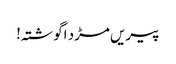
پیریں مڑد اگوشتہ!